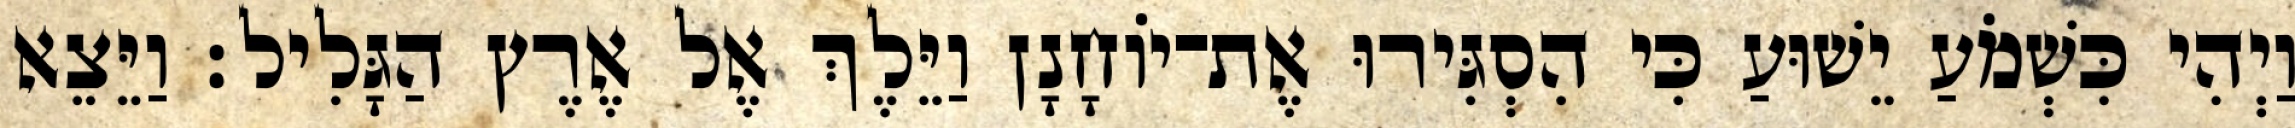
וַיְהִי כִּשְׁמֹעַ יֵשׁוּעַ כִּי הִסְגִּירוּ אֶת־יוֹחָנָן וַיֵּלֶךְ אֶל אֶרֶץ הַגָּלִיל׃ וַיֵּצֵא